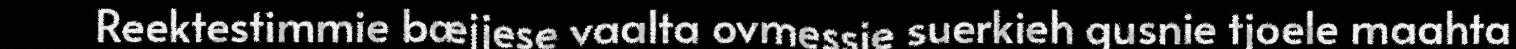
Reektestimmie bæjjese vaalta ovmessie suerkieh gusnie tjoele maahta